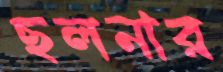
ছলনার